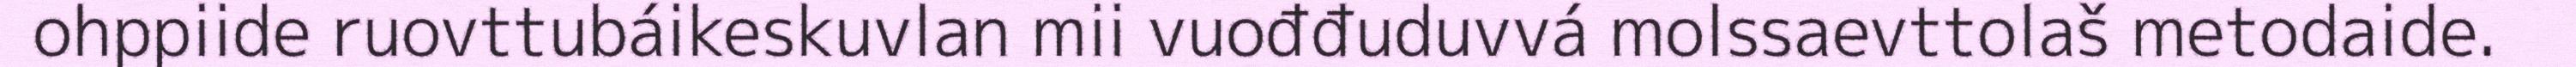
ohppiide ruovttubáikeskuvlan mii vuođđuduvvá molssaevttolaš metodaide.